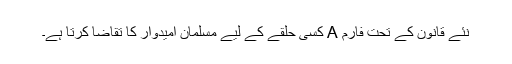
نئے قانون کے تحت فارم A کسی حلقے کے لیے مسلمان امیدوار کا تقاضا کرتا ہے۔